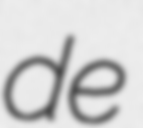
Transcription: de